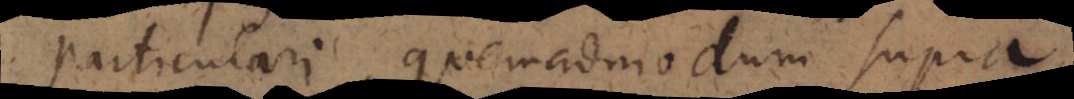
particulari, quemadmodum supra